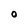
Character: 0